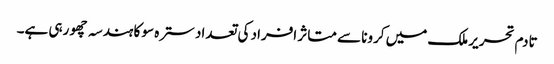
تادم تحریر ملک میں کرونا سے متاثر افراد کی تعداد سترہ سو کا ہندسہ چھو رہی ہے۔